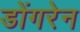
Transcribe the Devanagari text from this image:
डोंगरेन